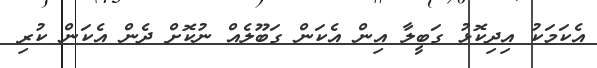
އެކަމަކު އިދިކޮޅު ގަބީލާ އިން އެކަން ގަބޫލެއް ނުކޮށް ދެން އެކަން ކުރި